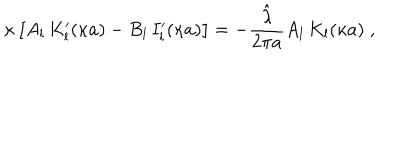
LaTeX: \kappa \left[ A _ { l } \, K _ { l } ^ { \prime } ( \kappa a ) - B _ { l } \, I _ { l } ^ { \prime } ( \kappa a ) \right] = - \frac { \hat { \lambda } } { 2 \pi a } A _ { l } \, K _ { l } ( \kappa a ) \; ,